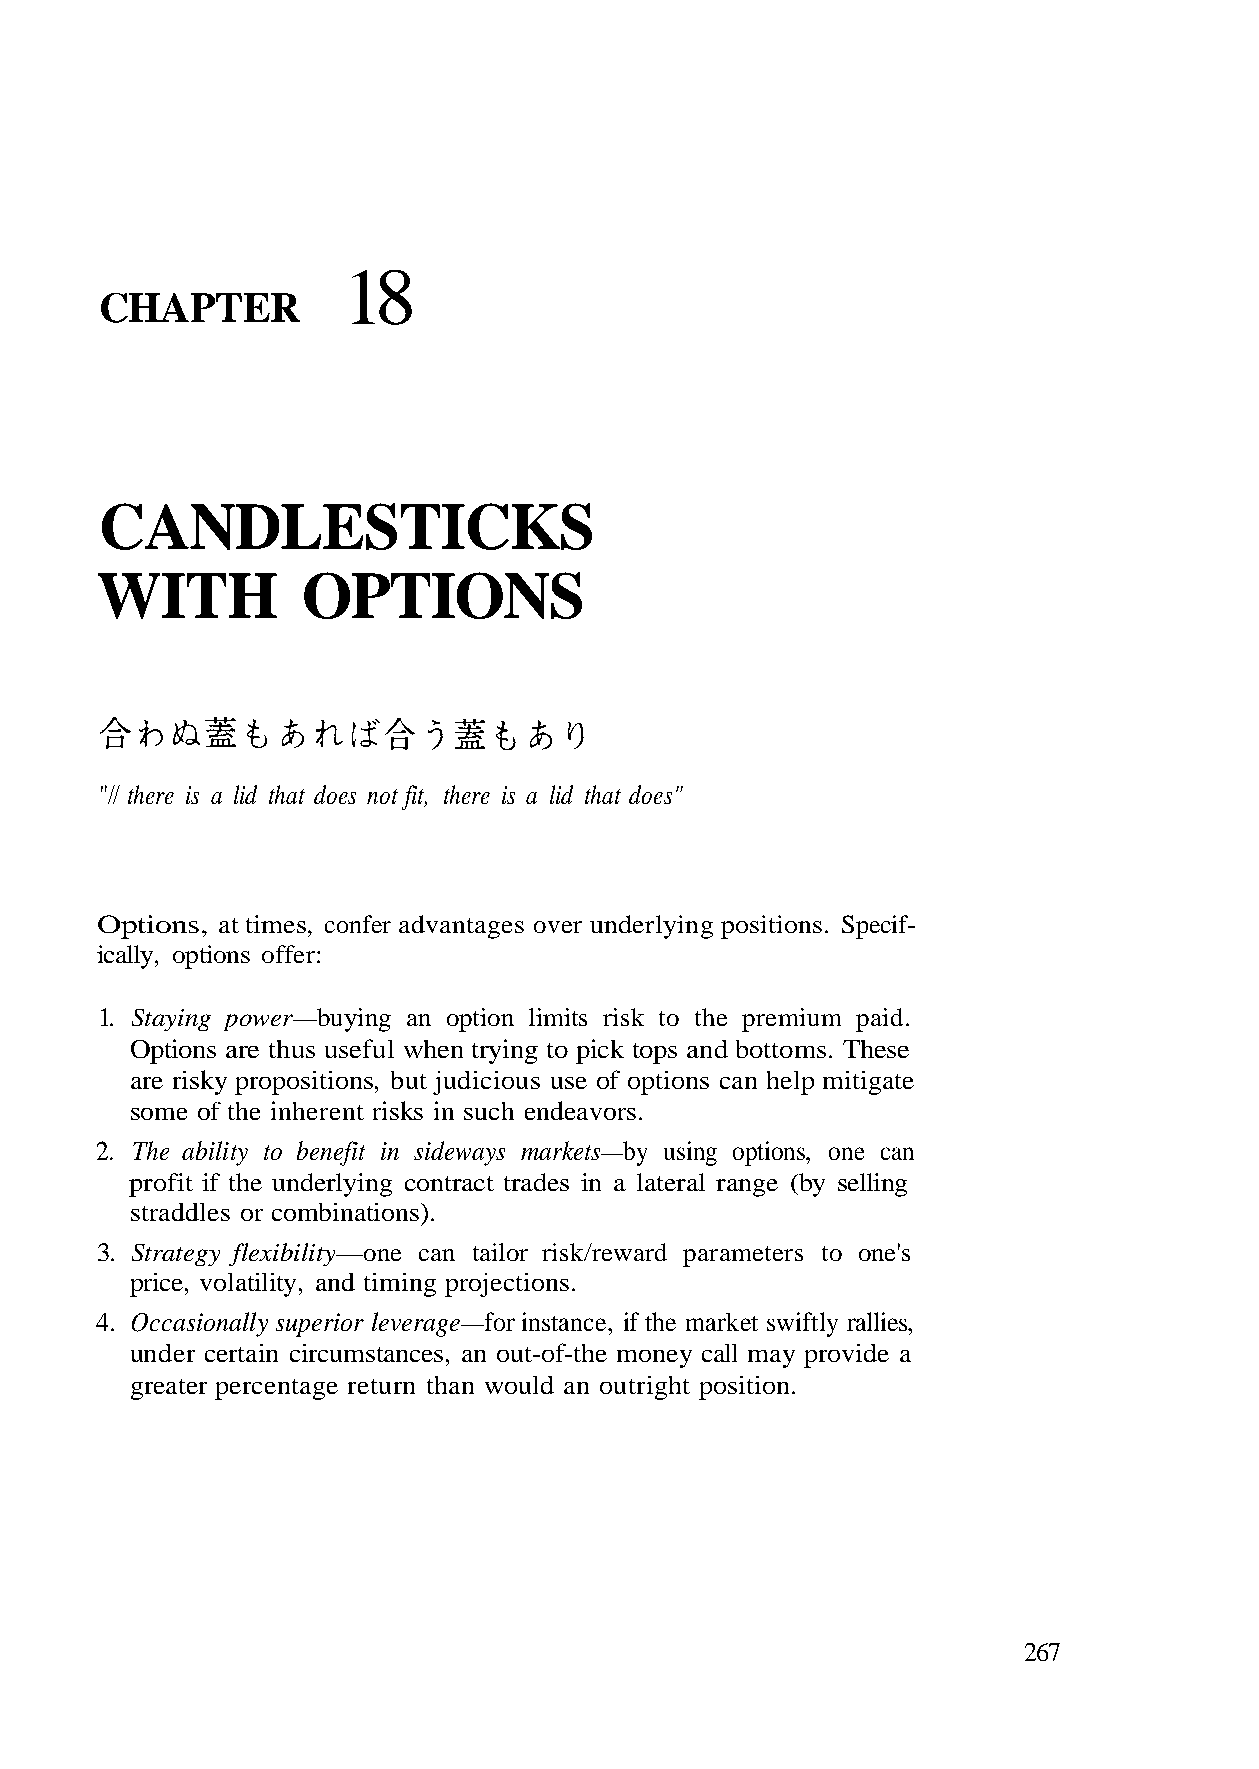
18
 CHAPTER
 CANDLESTICKS
 WITH          OPTIONS
 Options, at times, confer advantages over underlying positions. Specif-
 Options are thus useful when trying to pick tops and bottoms. These
 are risky propositions, but judicious use of options can help mitigate
 some of the inherent risks in such endeavors.
 2. The ability to benefit in sideways markets—by using options, one can
 profit if the underlying contract trades in a lateral range (by selling
 straddles or combinations).
 4. Occasionally superior leverage—for instance, if the market swiftly rallies,
 greater percentage return than would an outright position.
 267
 . d i a p m u i m e pr
 e's
 s.
 n
 e
 on
 h
 o
 o
 t
 t
 o
 s
 ti
 t
 erc
 k
 ete
 s
 m
 j
 ri
 rao
 s
 pa
 r
 t
 p
 mi
 d r
 li
 wag en
 n
 r
 o
 k/i
 i
 sm
 pt
 ri
 o
 r
 i
 an
 tailo
 d t
 g
 n
 n
 :
 n
 ca
 a
 r
 i
 does"
 ffe
 buy
 one
 y,
 not fit, there is a lid that
 ptions o
 g power—
 flexibility—
 olatilit
 "// there is a lid that does
 ically, o
 1. Stayin
 3. Strategy
 price, v
 under certain circumstances, an out-of-the money call may provide a